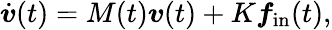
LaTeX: \dot{\boldsymbol{v}}(t)=M(t)\boldsymbol{v}(t)+K\boldsymbol{f}_{\mathrm{in}}(t),